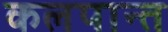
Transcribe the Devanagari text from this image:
कलपान्त